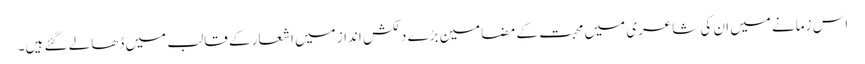
اس زمانے میں ان کی شاعری میں محبت کے مضامین بڑے دلکش انداز میں اشعار کے قالب میں ڈھالے گئے ہیں۔